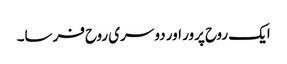
ایک روح پرور اور دوسری روح فرسا۔